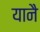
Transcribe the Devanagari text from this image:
यानै